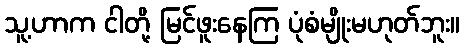
သူ့ဟာက ငါတို့ မြင်ဖူးနေကြ ပုံစံမျိုးမဟုတ်ဘူး။